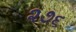
૨૭૬